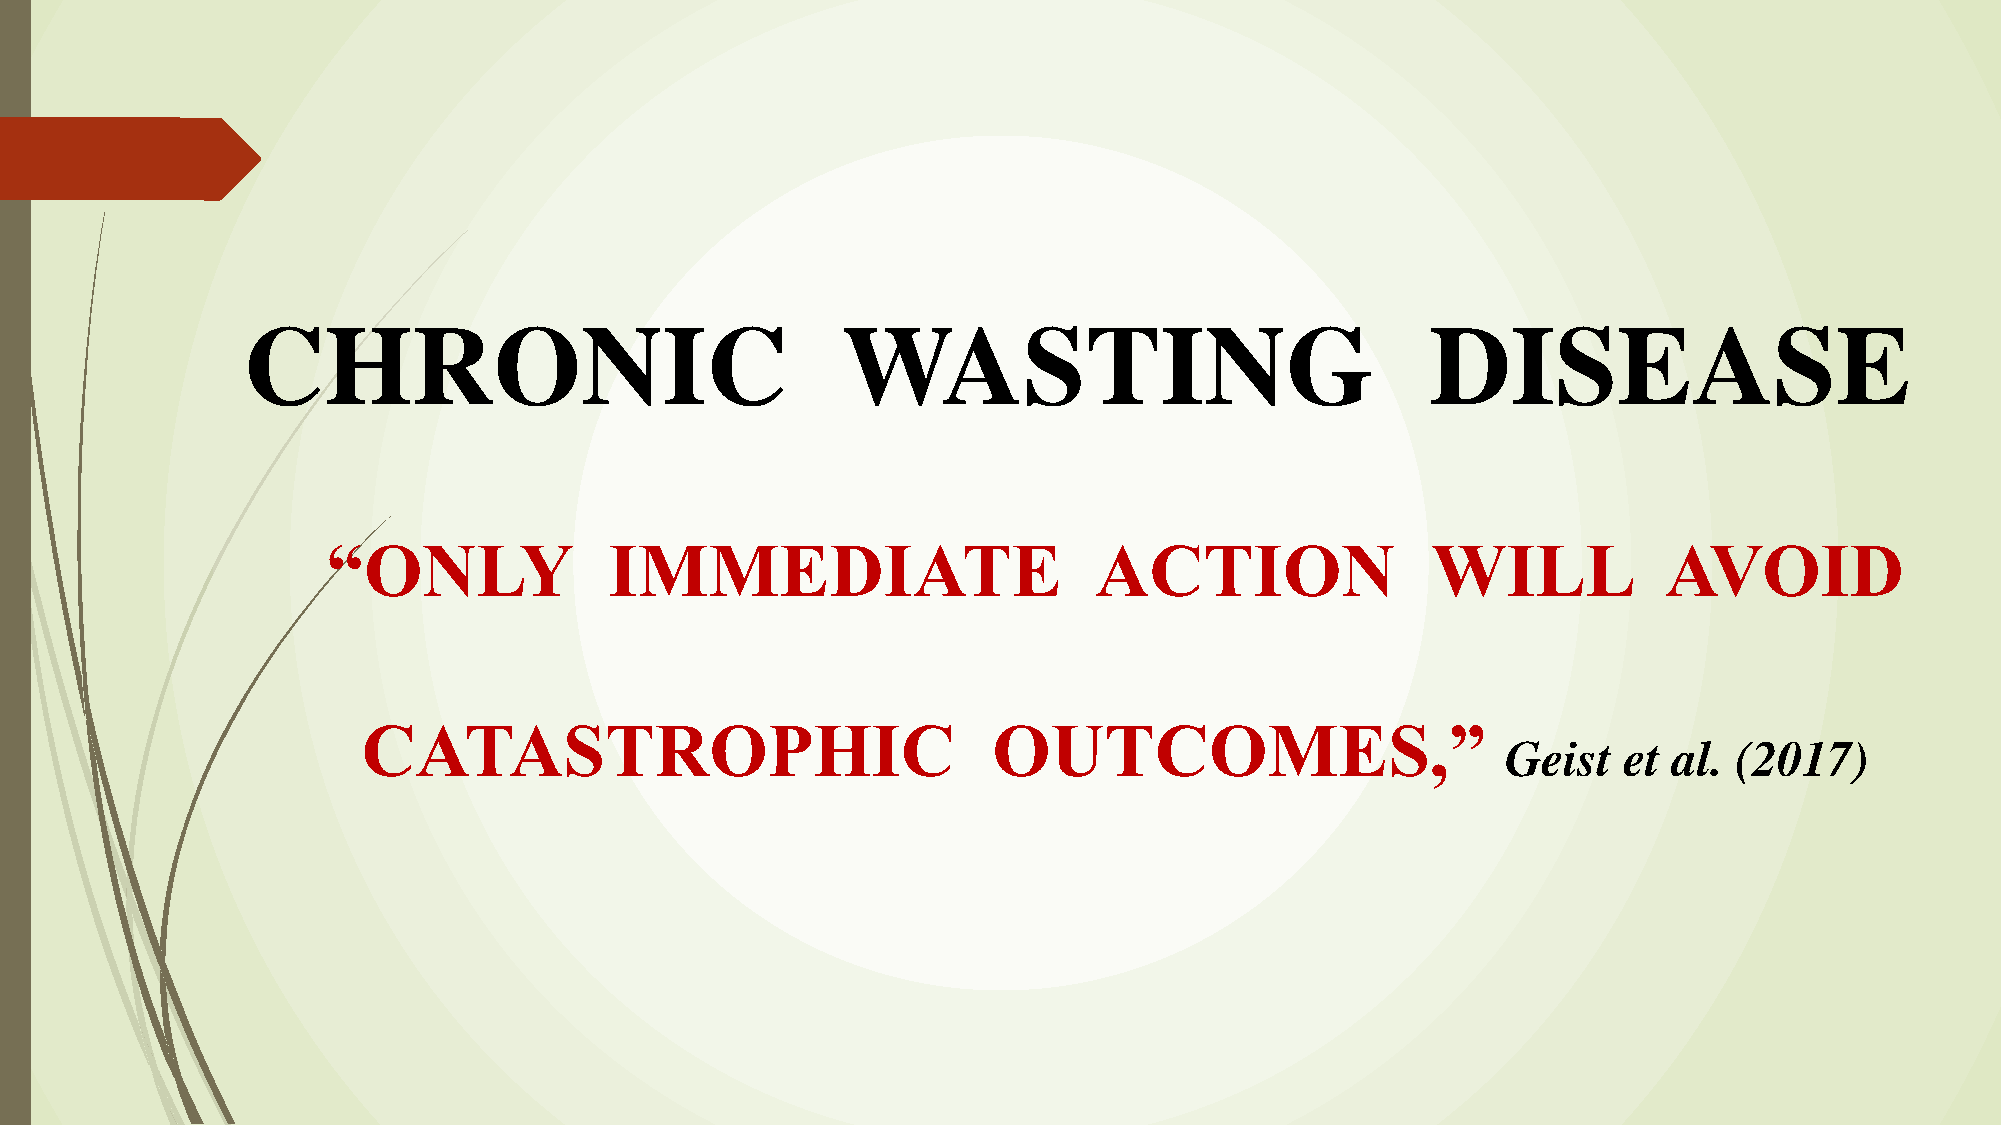
CHRONIC                                 WASTING                                DISEASE
 “ONLY             IMMEDIATE                       ACTION                 WILL           AVOID
 CATASTROPHIC                              OUTCOMES,”
 Geist  et  al. (2017)